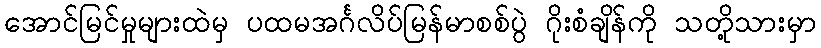
အောင်မြင်မှုများထဲမှ ပထမအင်္ဂလိပ်မြန်မာစစ်ပွဲ ဂိုးစံချိန်ကို သတို့သားမှာ